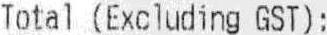
TOTAL (EXCLUDING GST) :